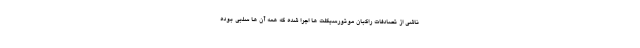
ناشی از تصادفات راکبان موتورسیکلت ها اجرا شده که همه آن ها سلبی بوده